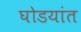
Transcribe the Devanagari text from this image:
घोडयांत